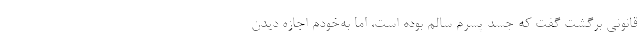
قانونی برگشت گفت که جسد پسرم سالم بوده است، اما به‌خودم اجازه دیدن